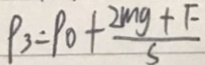
\rho _ { 3 } = \rho _ { 0 } + \frac { 2 m g + F } { S }